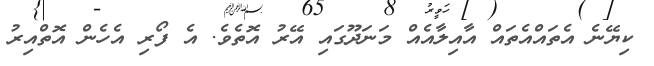
ކިޔޭނެ އެތައްއެތައް އާއިލާއެއް މަނަދޫގައި އޭރު އޮތެވެ. އެ ފޯރި އެހެން އޮތްއިރު